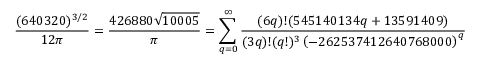
{ \frac { ( 6 4 0 3 2 0 ) ^ { 3 / 2 } } { 1 2 \pi } } = { \frac { 4 2 6 8 8 0 { \sqrt { 1 0 0 0 5 } } } { \pi } } = \sum _ { q = 0 } ^ { \infty } { \frac { ( 6 q ) ! ( 5 4 5 1 4 0 1 3 4 q + 1 3 5 9 1 4 0 9 ) } { ( 3 q ) ! ( q ! ) ^ { 3 } \left( - 2 6 2 5 3 7 4 1 2 6 4 0 7 6 8 0 0 0 \right) ^ { q } } }